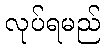
လုပ်ရမည်